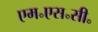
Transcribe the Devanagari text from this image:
एम॰एस॰सी॰